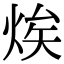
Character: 㶼